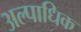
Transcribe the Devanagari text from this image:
अल्पाधिक